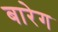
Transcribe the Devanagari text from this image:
बारेग